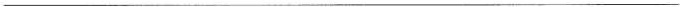
___